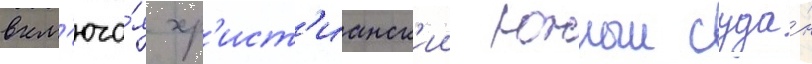
вкл'юча́я хр'ист'ианск'ии южныи суда́н